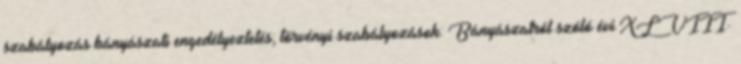
szabályozás bányászati engedélyeztetés; törvényi szabályozások: Bányászatról szóló évi XLVIII.